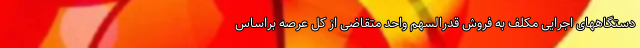
دستگاههای اجرایی مکلف به فروش قدرالسهم واحد متقاضی از کل عرصه براساس